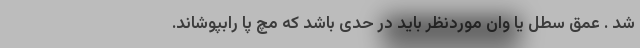
شد . عمق سطل یا وان موردنظر باید در حدی باشد که مچ پا رابپوشاند.